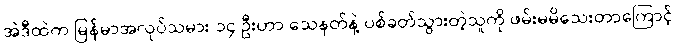
အဲဒီထဲက မြန်မာအလုပ်သမား ၁၄ ဦးဟာ သေနတ်နဲ့ ပစ်ခတ်သွားတဲ့သူကို ဖမ်းမမိသေးတာကြောင့်